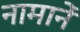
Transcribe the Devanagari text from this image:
नामानें